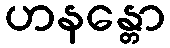
ဟနန္တော